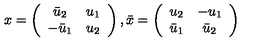
x = \left( \begin{array} { c c } { \bar { u } _ { 2 } } & { u _ { 1 } } \\ { - \bar { u } _ { 1 } } & { u _ { 2 } } \\ \end{array} \right) , \bar { x } = \left( \begin{array} { c c } { u _ { 2 } } & { - u _ { 1 } } \\ { \bar { u } _ { 1 } } & { \bar { u } _ { 2 } } \\ \end{array} \right)